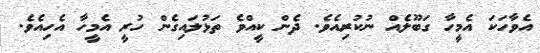
އެވާހަކަ އެމީހާ ގަބޫލެއް ނުކުރިއެވެ. ދެން ކީއްވެ ތަޅުލައިގެން ހުރީ އެމީހާ އެހިއެވެ.